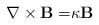
LaTeX: \begin{align*}\mathbf{\nabla }\times \mathbf{B=}\kappa \mathbf{B} \end{align*}